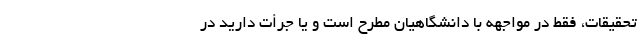
تحقیقات، فقط در مواجهه با دانشگاهیان مطرح است و یا جرأت دارید در